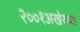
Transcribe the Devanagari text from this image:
२००१अखेरच्या